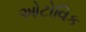
ઓટોવિક